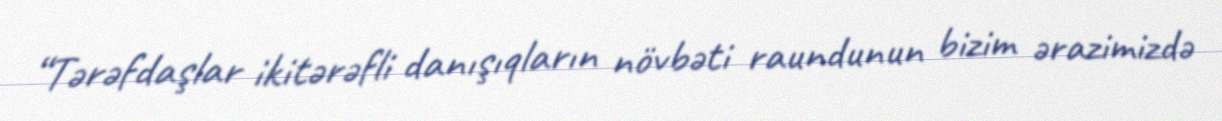
“Tərəfdaşlar ikitərəfli danışıqların növbəti raundunun bizim ərazimizdə